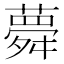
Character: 𦾋